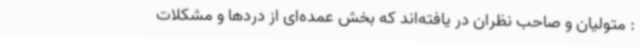
: متولیان و صاحب نظران در یافته‌اند که بخش عمده‌ای از دردها و مشکلات